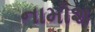
નામોશ